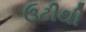
ઉટીથી